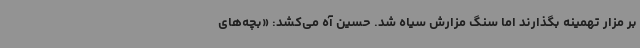
بر مزار تهمینه بگذارند اما سنگ مزارش سیاه شد. حسین آه می‌کشد: «بچه‌های